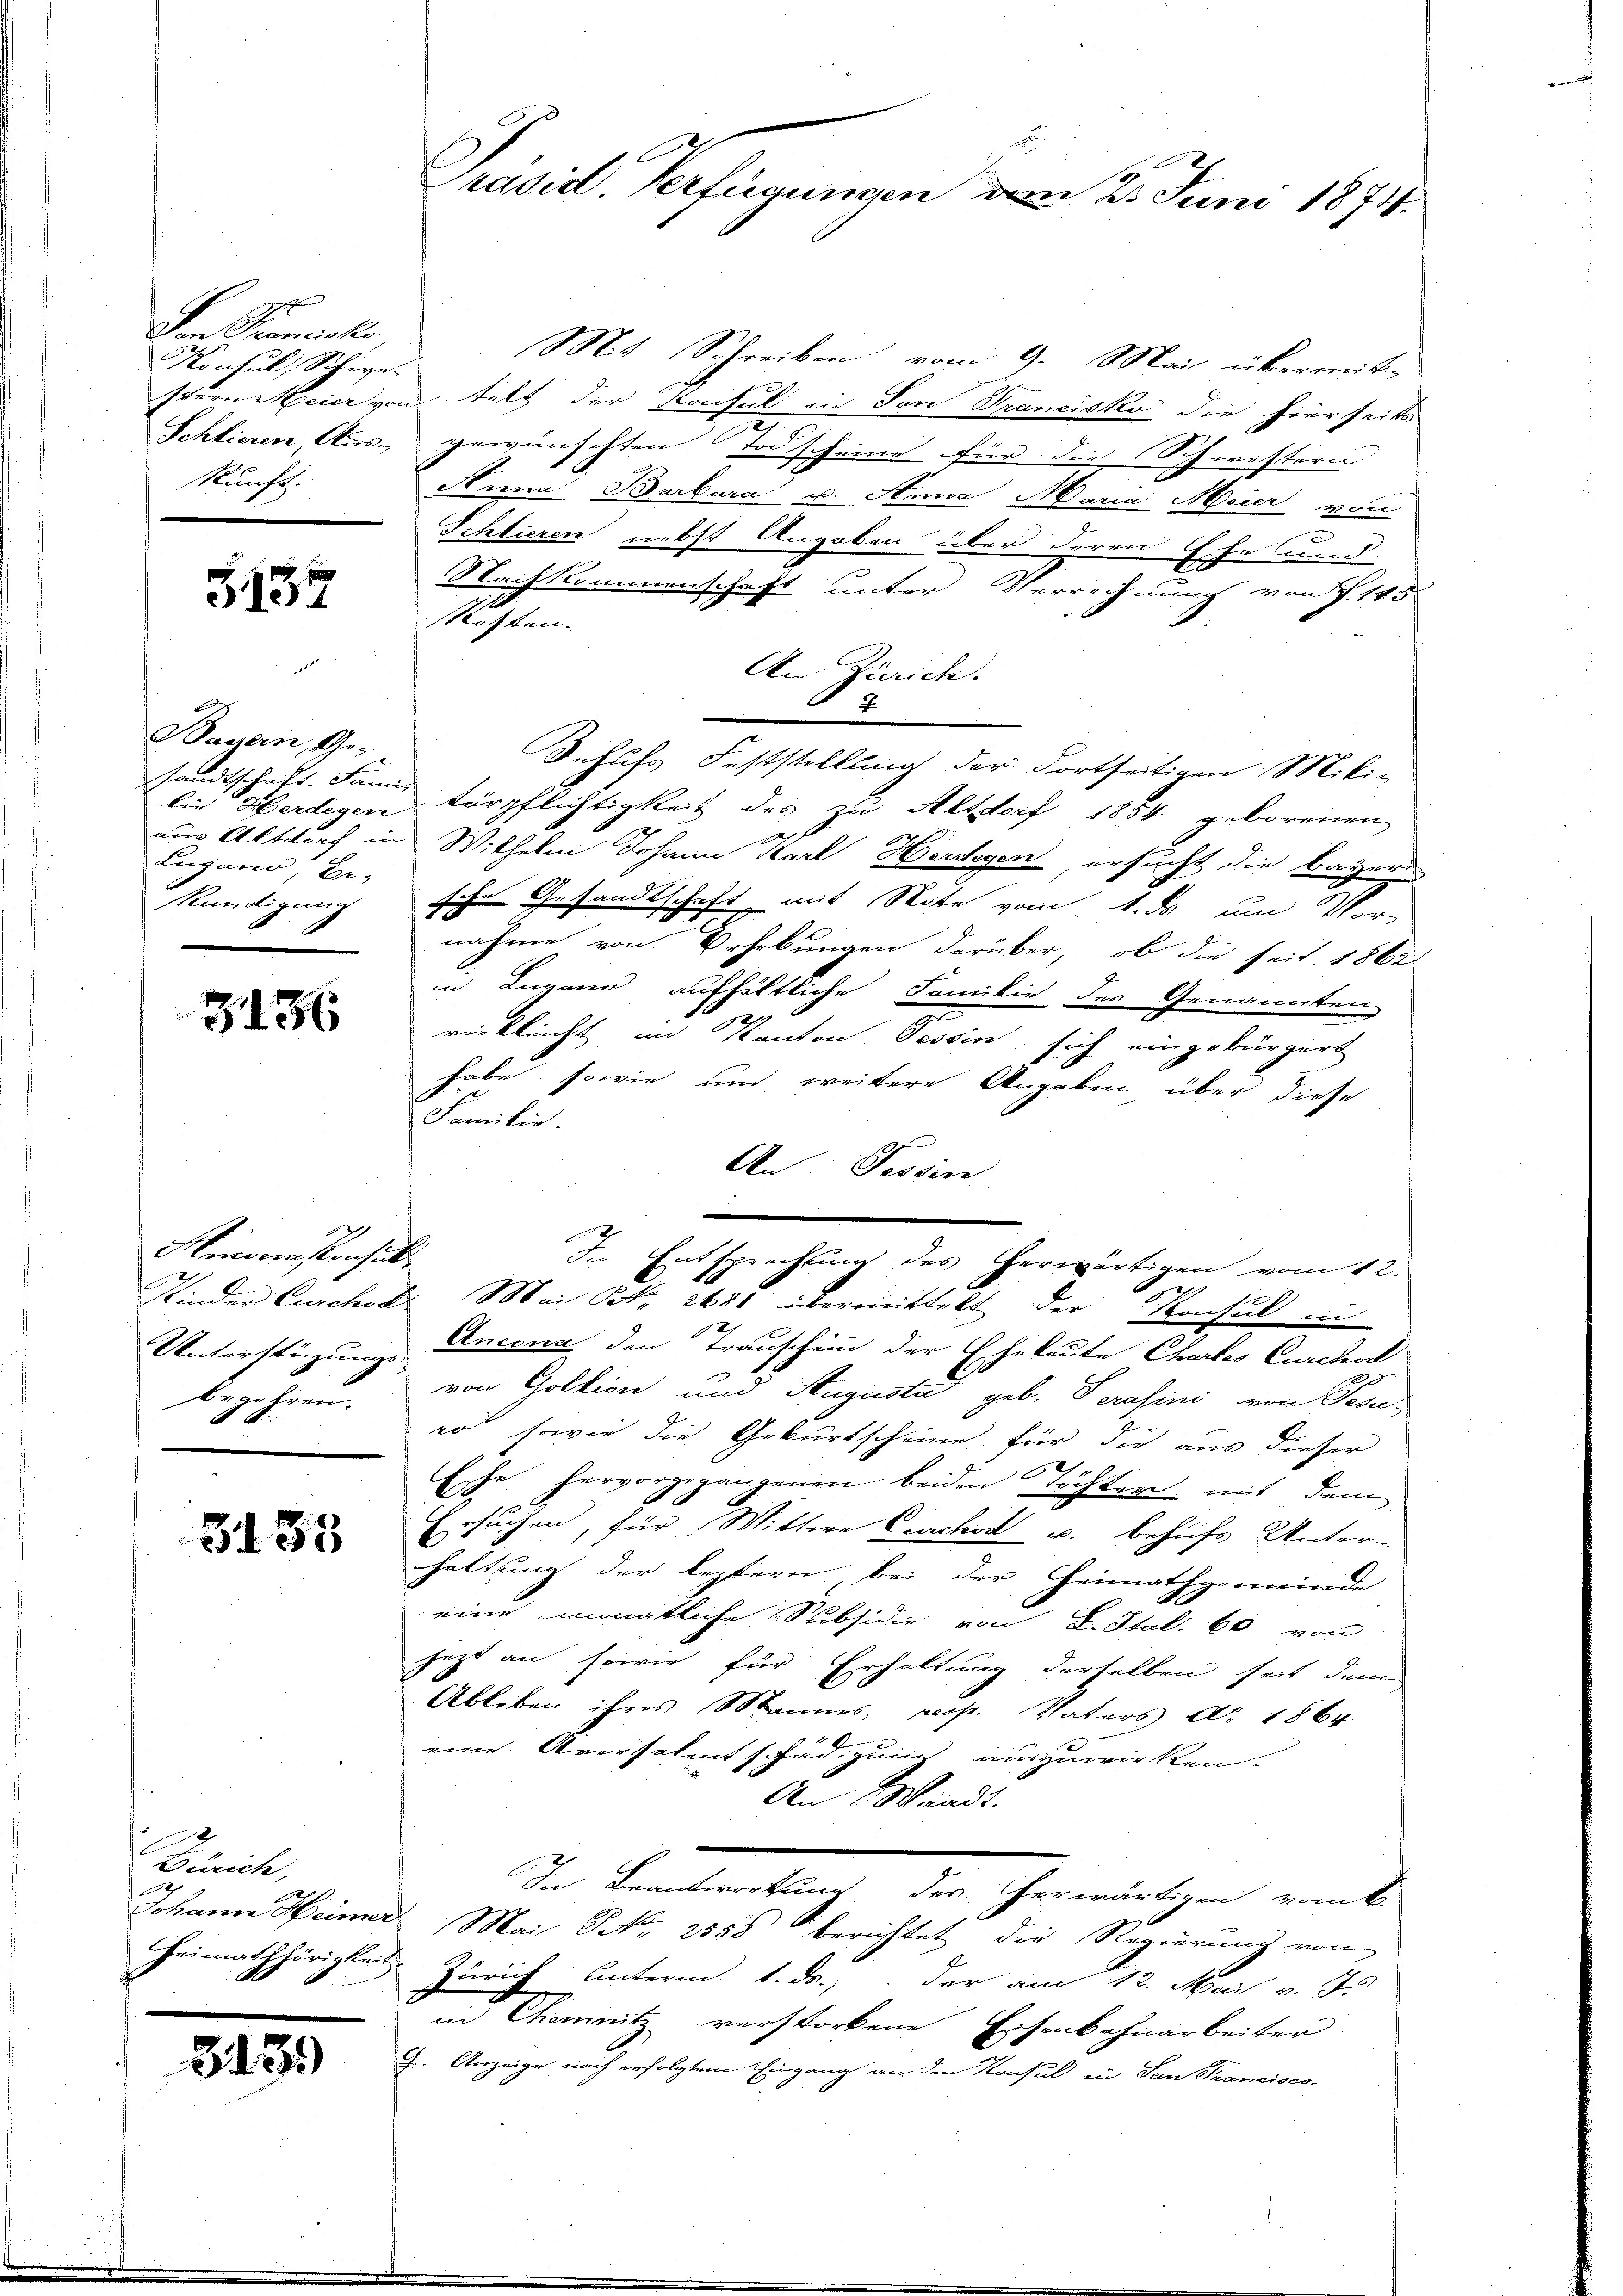
den Semeste
Konsul, Schwekunft.

5137

Bayern, Ges
sandtschaft. Samis
Lugano, Be¬
Kündigung

3136

Hinmenstensit
begehren. |
.

3135

Büncke,
Heimathörigkeit

3139

Präsid. Verfügungen vom 25. Juni 1874.

Mit Schreiben vom 9. Mai übermit-
stern Meier von telt der Konsul in Son Franciska die hierseits
Schlieren Aus- gewünschten Todscheine für die Schwistern
Anna Barbara u. Anna Maria Meier von
5
Schlieren nebst Angaben über deren Ehe und
e
Nachkommenschaft unter Verrechnung von J. 145
seben.
An Zürich.
7
Behufs Feststellung der dortseitigen Miti-
lie überdigen Torpflichtigkeit des zu Altdorf 1854 geborenen

aus Altdorf in Wilhelm Johann Karl Herdegen ersucht die Bayern
sche Gesandtschaft mit Note vom 1. ds um Vor-
nahme von Erhebungen darüber, ob die seit 1862
in Lugano aufhältliche Familie des Genannten
vielleicht im Kanton Tessin sich eingebürgert
habe sowie und weitere Angaben, über diese
Familie.
An Tessin
In Entsprechung des herwärtigen vom 12.
Kinder Curchst. Mai Nr. 2681 übermittelt der Konsul in
2
Unterstüzung deren den Trauschein der Eheleute Chortes Curchod
2.
von Goltion und Augusta geb. Serasini von Fede
er, sowie die Geburtscheine für die aus dieser
Esche hervorgegangenen beiden Töchten mit dem
Ersuchen, für Wittwe Cichod u. behufs Unter-
haltung der leztern bei der Heimathgemeinde
eine monatliche Subsidie von L. Stal. 60 von
jetzt an sowie für Erhaltung derselben seit dem
Ableben ihres Mannes, resp. Vaters Ao. 1864
eine Aversalentschädigung auszuwirken.
An Waadt.
In Beantwortung der erwärtigen vom k.
Johann Heimer Mai S. 2555 berichtet die Regierung von
Zurick unterm 1. ds., der am 12. Mai v. Js.
 und Chemnitz, verstorbene
2
senbahnarbeiter |
G. Anzeige nach erfolgtem Eingang an den Konsul ein San Francisco-